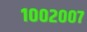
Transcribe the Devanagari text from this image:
१००२००७